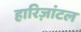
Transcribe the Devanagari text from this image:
हारिज़ांटल